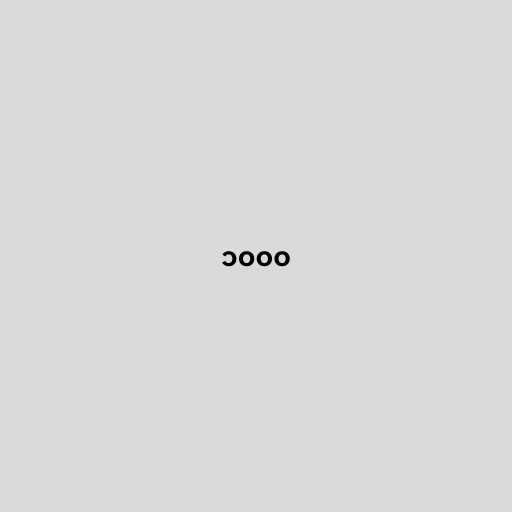
၁၀၀၀